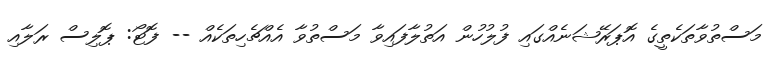
މަސްތުވާތަކެތީގެ އޮޕަރޭޝަނެއްގައި ފުލުހުން އަތުލާފައިވާ މަސްތުވާ އެއްޗެހިތަކެއް -- ފޮޓޯ: ޕޮލިސް ރަލާއި